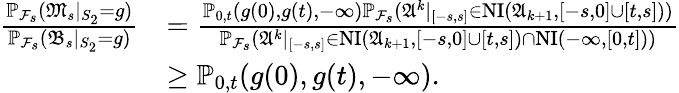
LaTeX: \begin{array}{rl}{\frac{\mathbb{P}_{\mathcal{F}_{s}}(\mathfrak{M}_{s}|_{S_{2}}=g)}{\mathbb{P}_{\mathcal{F}_{s}}(\mathfrak{B}_{s}|_{S_{2}}=g)}}&{=\frac{\mathbb{P}_{0,t}(g(0),g(t),-\infty)\mathbb{P}_{\mathcal{F}_{s}}(\mathfrak{A}^{k}|_{[-s,s]}\in\operatorname{NI}(\mathfrak{A}_{k+1},[-s,0]\cup[t,s]))}{\mathbb{P}_{\mathcal{F}_{s}}(\mathfrak{A}^{k}|_{[-s,s]}\in\operatorname{NI}(\mathfrak{A}_{k+1},[-s,0]\cup[t,s])\cap\operatorname{NI}(-\infty,[0,t]))}}\\ &{\ge\mathbb{P}_{0,t}(g(0),g(t),-\infty).}\end{array}